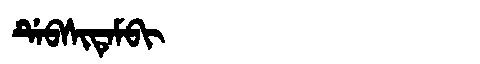
Manchu: ᡩᡝᠪᠰᡳᡨᡝᠮᠪᡳ
Romanization: DEBSITEMBI